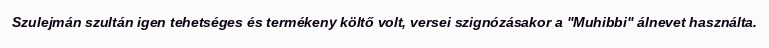
Szulejmán szultán igen tehetséges és termékeny költő volt, versei szignózásakor a "Muhibbi" álnevet használta.